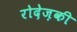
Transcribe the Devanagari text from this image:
रोदेज़की